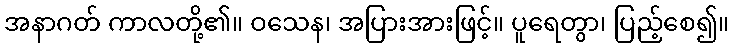
အနာဂတ် ကာလတို့၏။ ဝသေန၊ အပြားအားဖြင့်။ ပူရေတွာ၊ ပြည့်စေ၍။